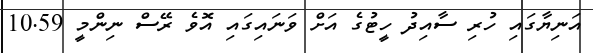
އަނިޔާގައި ހުރި ސާއިދު ހީޓުގެ އަށް ވަނައިގައި އޮވެ ރޭސް ނިންމީ 10.59